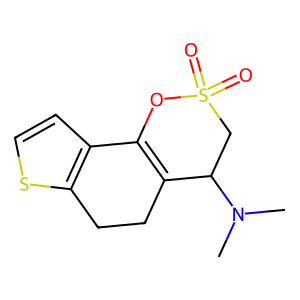
SMILES: CN(C)C1CS(=O)(=O)OC2=C1CCc1sccc12
Inhibits HIV replication: No